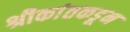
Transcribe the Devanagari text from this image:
श्रीकांतकडून